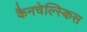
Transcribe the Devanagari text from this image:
कैनचेल्स्किस